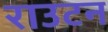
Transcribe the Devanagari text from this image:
राउटन